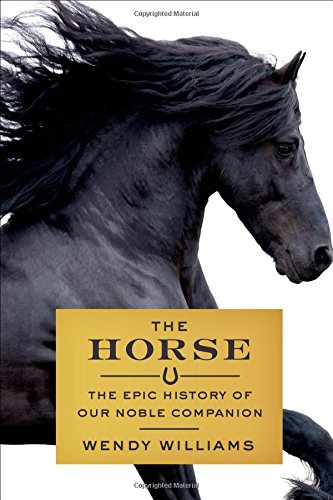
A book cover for The Horse: The Epic History of Our Noble Companion; Wendy Williams; Crafts, Hobbies & Home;